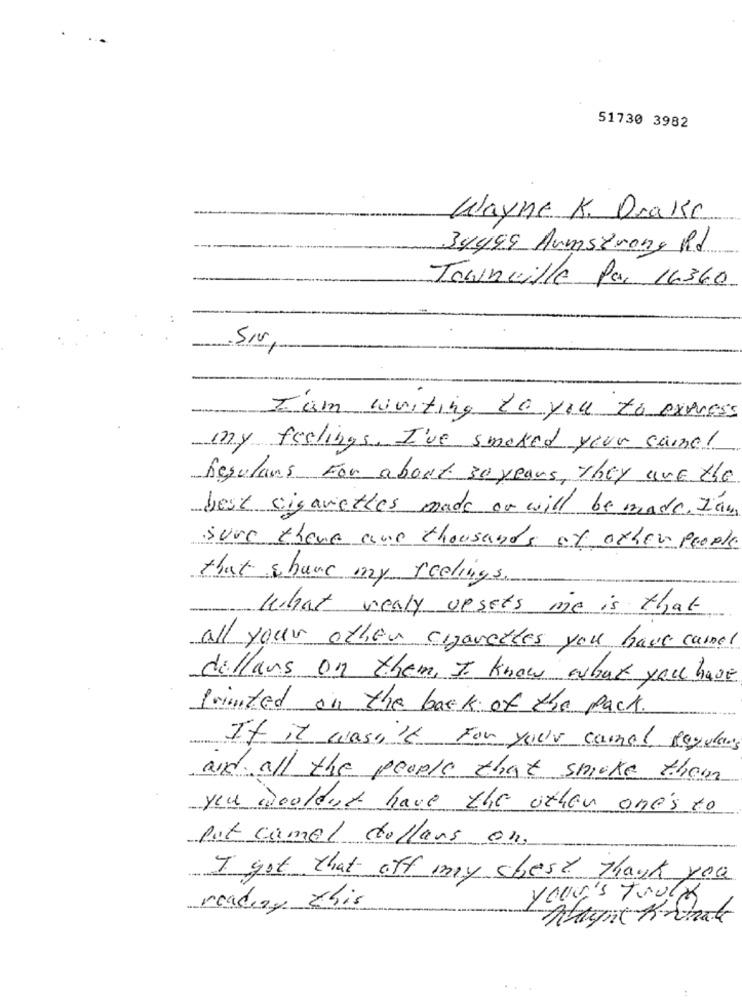
51730 3982
Wayne K. Drake
34499 Armstrong Rd
Joinville Par 16360
I am writing to you to express
my feelings. I've smoked your camel
Regulars For about 30 years, They are the
best cigarettes made or will be made. Iam
sure there are thousands of other people
that shave my feelings.
What realy vesets me is that
all your other cigarettes you have carnel
dollars on them, I know what you have
Printed on the back of the pack.
If it wasn't For your camel Regulars
and all the people that smoke them
you wouldn't have the other one's to
pot camel dollars en
I got that off my chest thank you
your's Truly
reading this